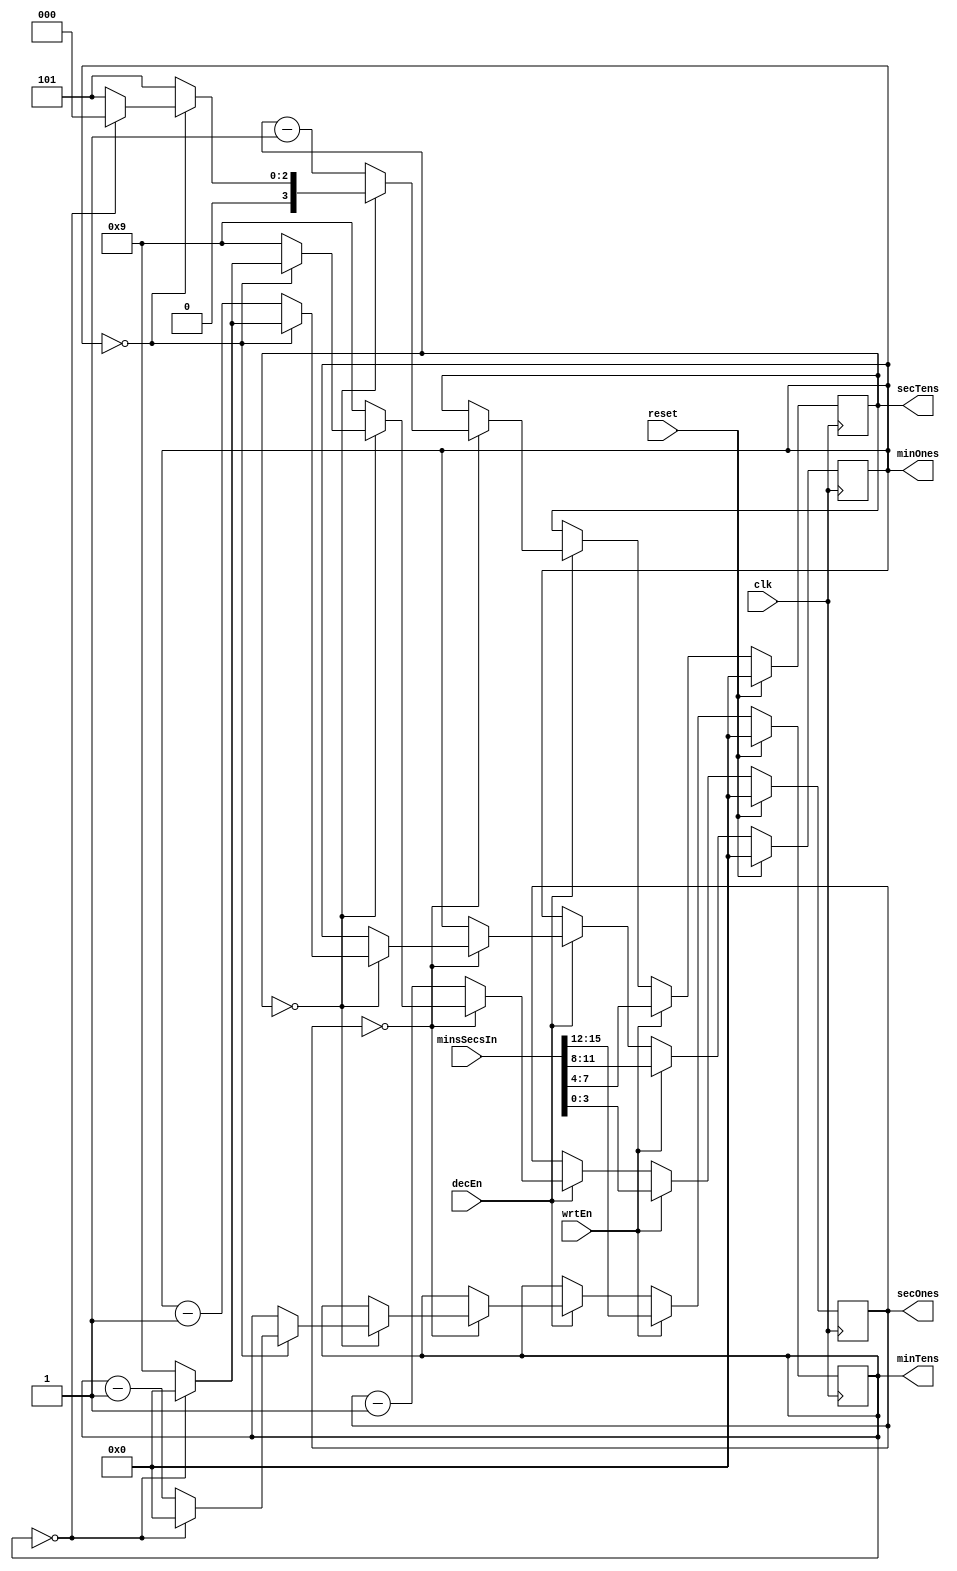

module DecrementTime(clk, reset, wrtEn, decEn, minsSecsIn, 
	secOnes, secTens, minOnes, minTens);
	
	input clk, reset, wrtEn, decEn;
	input[15:0] minsSecsIn;
	
	output reg[3:0] secOnes, secTens, minOnes, minTens;
	
	always @ (posedge clk) begin
		if(reset == 1'b1) begin
			secOnes <= 4'h0;
			secTens <= 4'h0;
			minOnes <= 4'h0;
			minTens <= 4'h0;
		end
		else if(wrtEn == 1'b1) begin
		//read input otherwise ignore
			secOnes <= minsSecsIn[3:0];
			secTens <= minsSecsIn[7:4];
			minOnes <= minsSecsIn[11:8];
			minTens <= minsSecsIn[15:12];
		end
		else if(decEn == 1'b1) begin
			secOnes <= secOnes - 4'h1;
			if(secOnes == 4'h0) begin
				secOnes <= 4'h9;
				secTens <= secTens - 4'h1;
				if(secTens == 4'h0) begin
					secTens <= 4'h5;
					//nine is already set above
					minOnes <= minOnes - 4'h1;
					if(minOnes == 4'h0) begin
						minOnes <= 4'h9;
						minTens <= minTens - 4'h1;
						if(minTens == 4'h0) begin //everything is zero
							minOnes <= 4'h0;
							minTens <= 4'h0;
							secOnes <= 4'h0;
							secTens <= 4'h0;
							//this is kinda hacky?
						end
					end
				end //if
			end //if
		end //else if
	end //always

endmodule